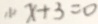
( 1 ) x + 3 = 0